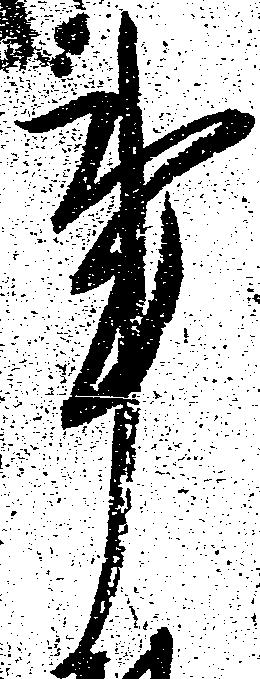
事